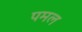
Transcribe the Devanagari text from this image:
पमल